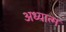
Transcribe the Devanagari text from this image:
अध्यात्‍म